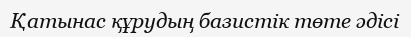
Қатынас құрудың базистік төте әдісі